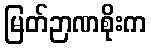
မြတ်ဉာဏစိုးက